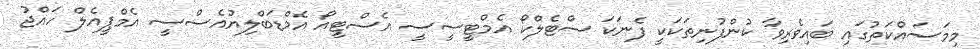
މިމަސައްކަތުގައި ބައިވެރިވާ ކުންފުނިތަކަކީ ފެނަކަ ސްޓެލްކޯ އެމްޓީސީސީ އެސްޓީއޯ އެމްޑަބްލިޔުއެސްސީ އެމްޕީއެލް ހައްޖު